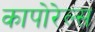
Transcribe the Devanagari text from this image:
कापोरेल्स